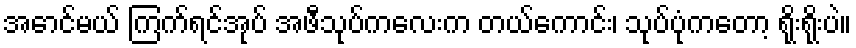
အောင်မယ် ကြက်ရင်အုပ် အဖီသုပ်ကလေးက တယ်ကောင်း၊ သုပ်ပုံကတော့ ရိုးရိုးပဲ။